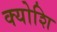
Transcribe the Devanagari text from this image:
क्योशि